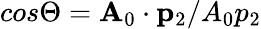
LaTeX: cos\Theta=\mathbf{A}_{0}\cdot\mathbf{p}_{2}/A_{0}p_{2}